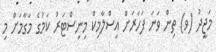
މަޖީދު (ވ) ތިން ވަނަ ފަހަރަށް އިސްލާމިކް މިނިސްޓަރު ކަމުގެ މަގާމަށް މި